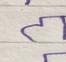
Signature authenticity: forged